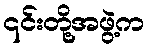
၎င်းတို့အဖွဲ့က